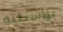
بواسطته